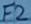
Text: F2